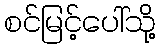
စင်မြင့်ပေါ်သို့